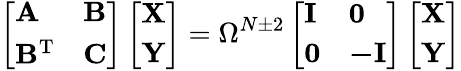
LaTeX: \left[\begin{array}{ll}{\mathbf{A}}&{\mathbf{B}}\\ {\mathbf{B}^{\mathrm{T}}}&{\mathbf{C}}\end{array}\right]\left[\begin{array}{l}{\mathbf{X}}\\ {\mathbf{Y}}\end{array}\right]=\Omega^{N\pm 2}\left[\begin{array}{ll}{\mathbf{I}}&{\mathbf{0}}\\ {\mathbf{0}}&{\mathbf{-I}}\end{array}\right]\left[\begin{array}{l}{\mathbf{X}}\\ {\mathbf{Y}}\end{array}\right]